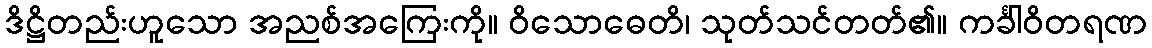
ဒိဋ္ဌိတည်းဟူသော အညစ်အကြေးကို။ ဝိသောဓေတိ၊ သုတ်သင်တတ်၏။ ကင်္ခါဝိတရဏ